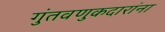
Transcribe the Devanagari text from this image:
गुंतवणुकदारांना